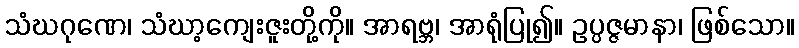
သံဃဂုဏေ၊ သံဃာ့ကျေးဇူးတို့ကို။ အာရဗ္ဘ၊ အာရုံပြု၍။ ဥပ္ပဇ္ဇမာနာ၊ ဖြစ်သော။